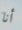
أنا